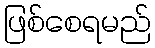
ဖြစ်စေရမည်